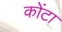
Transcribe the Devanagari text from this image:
कोंटा